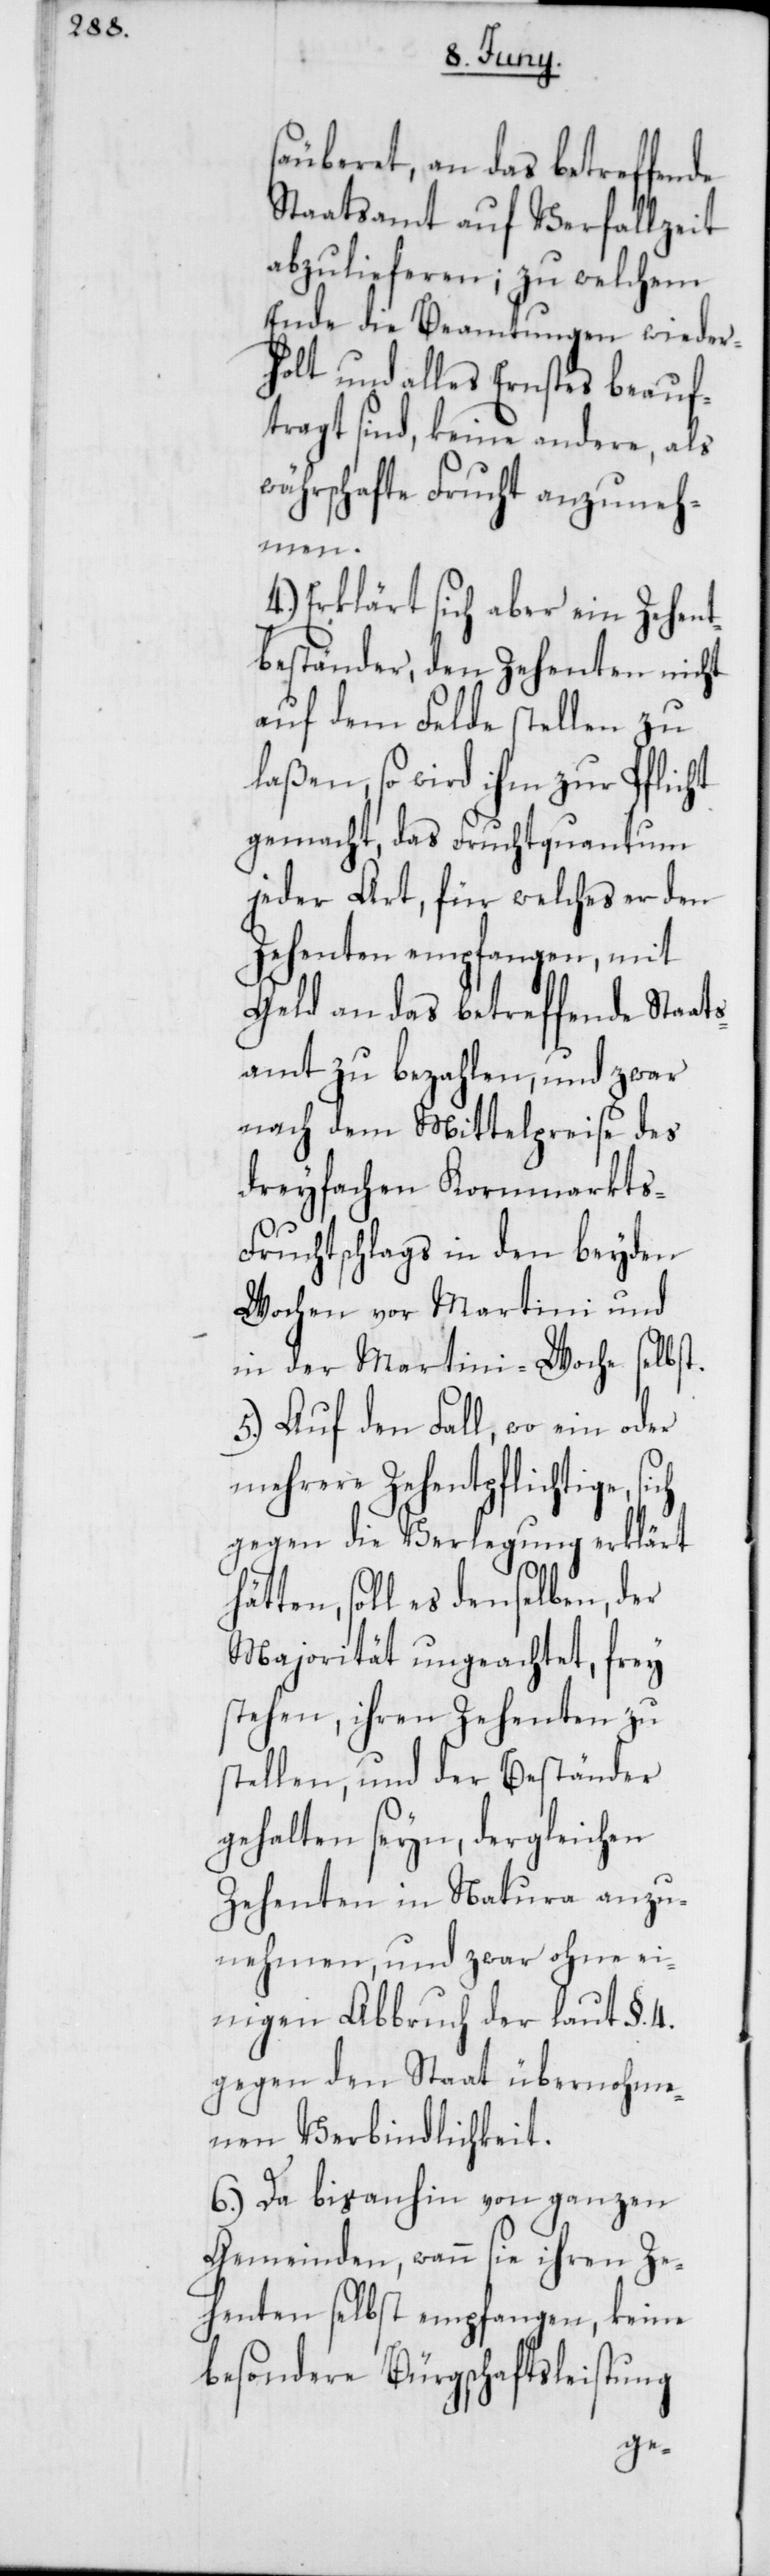
säuberet, an das betreffende
Staatsamt auf Verfallzeit
abzulieferen; zu welchem
Ende die Beamtungen wieder¬
holt und alles Ernstes beauf¬
tragt sind, keine andere, als
währschafte Frucht anzuneh¬
men.
4.) Erklärt sich aber ein Zehent¬
beständer, den Zehenten nicht
auf dem Felde stellen zu
laßen, so wird ihm zur Pflicht
gemacht, das Fruchtquantum
jeder Art, für welches er den
Zehenten empfangen, mit
Geld an das betreffende Staat¬
samt zu bezahlen, und zwar
nach dem Mittelpreise des
dreyfachen Kornmarkts-F¬
ruchtschlags in den beyden
Wochen vor Martini und
in der Martini-Woche selbst.
5.) Auf den Fall, wo ein oder
mehrere Zehentpflichtige
gegen die Verlegung erklärt h¬
ätten, soll es denselben, der
Majorität ungeachtet, frey
stehen, ihren Zehenten zu
stellen, und der Beständer
gehalten seyn, dergleichen
Zehenten in Natura anzu¬
nehmen, und zwar ohne ei¬
nigen Abbruch der laut §. 4.
gegen den Staat übernohme¬
nen Verbindlichkeit.
6.) Da bisanhin von ganzen
Gemeinden, wann sie ihren Ze¬
henten selbst empfangen, keine
besondere Bürgschaftsleistung